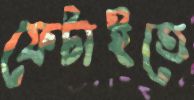
ফেটাইতে